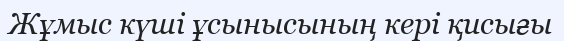
Жұмыс күші ұсынысының кері қисығы